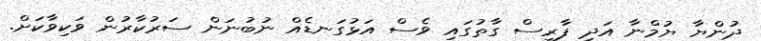
ދުންޔާ ޔުމްނާ އަދި ފާރިސް ގާތުގައި ވެސް އަޅުގަނޑެއް ނުބުނަން ސަރުކާރުން ވަކިވާކަށް.